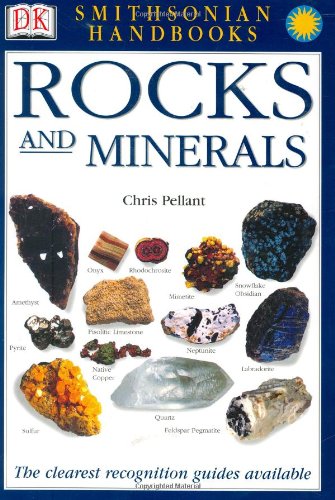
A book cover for Smithsonian Handbooks: Rocks & Minerals (Smithsonian Handbooks); Chris Pellant; Science & Math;